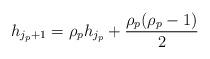
LaTeX: \begin{align*}h_{j_p+1} = \rho_p h_{j_p} + \frac{\rho_p(\rho_p-1)}{2} \end{align*}